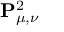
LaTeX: \mathbf { P } _ { \mu , \nu } ^ { 2 }